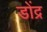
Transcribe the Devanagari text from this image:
डोंद्र